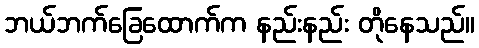
ဘယ်ဘက်ခြေထောက်က နည်းနည်း တိုနေသည်။